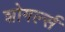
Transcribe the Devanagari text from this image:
शोगर्ल्स